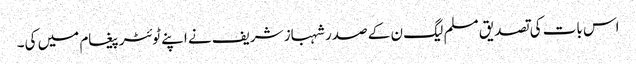
اس بات کی تصدیق مسلم لیگ ن کے صدر شہباز شریف نے اپنے ٹوئٹر پیغام میں کی۔